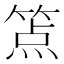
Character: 𰪉